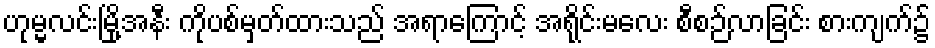
ဟုမ္မလင်းမြို့အနီး ကိုပစ်မှတ်ထားသည် အရာကြောင့် အရိုင်းမလေး စီစဉ်လာခြင်း စားကျက်၌